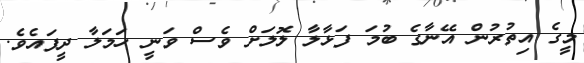
މީގެ އިތުރުން އޭނާގެ ބުމަ ފަޅާލާ ލޮލަށް ވެސް ވަނީ ހަމަލާ ދީފައެވެ.